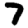
Digit: 7